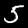
Label: 5